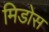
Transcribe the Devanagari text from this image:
मिडोस